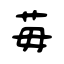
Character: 苺